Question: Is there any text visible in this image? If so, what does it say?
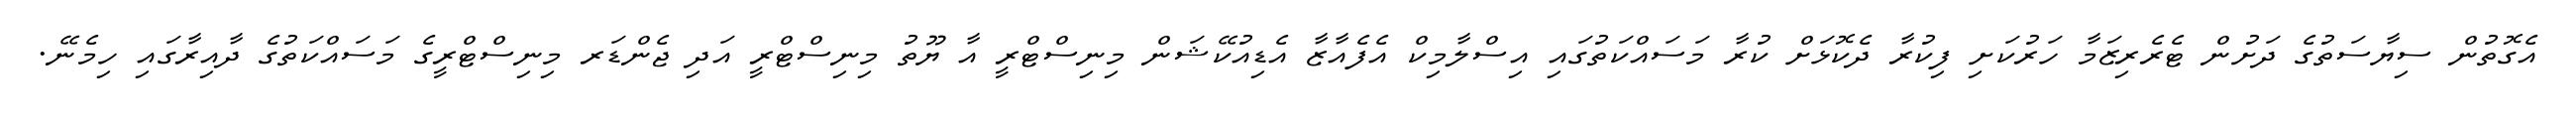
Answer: އެގޮތުން ސިޔާސަތުގެ ދަށުން ޓެރެރިޒަމާ ހަރުކަށި ފިކުރާ ދެކޮޅަށް ކުރާ މަސައްކަތުގައި އިސްލާމިކް އެފެއާޒާ އެޑިއުކޭޝަން މިނިސްޓްރީ އާ ޔޫތު މިނިސްޓްރީ އަދި ޖެންޑަރ މިނިސްޓްރީގެ މަސައްކަތުގެ ދާއިރާގައި ހިމެނޭ.